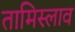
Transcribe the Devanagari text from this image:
तामिस्लाव